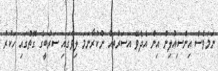
ނަމަވެސް އިންސިއުލިން އިން އެދެވޭ އަސަރުތައް ނުކުރާނަމަ ލިވާގައި ސަރުބީގެ ގޮތުގައި ހަކުރު